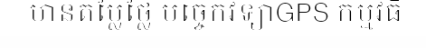
មានតម្លៃថ្លៃ បច្ចេកវិទ្យាGPS កម្មវិធី